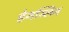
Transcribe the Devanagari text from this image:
हेनस्लिन